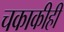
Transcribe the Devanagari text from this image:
चकाकीही